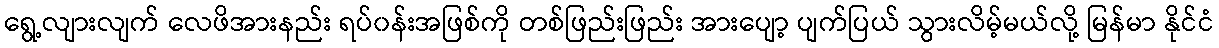
ရွေ့လျားလျက် လေဖိအားနည်း ရပ်၀န်းအဖြစ်ကို တစ်ဖြည်းဖြည်း အားပျော့ ပျက်ပြယ် သွားလိမ့်မယ်လို့ မြန်မာ နိုင်ငံ